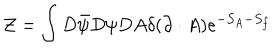
{ \cal Z } = \int D \bar { \psi } D \psi D A \delta ( \partial \cdot A ) e ^ { - S _ { A } - S _ { f } }